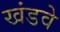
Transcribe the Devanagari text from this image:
खंडवे